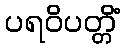
ပရဝိပတ္တိံ